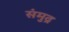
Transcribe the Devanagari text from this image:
संमुद्र